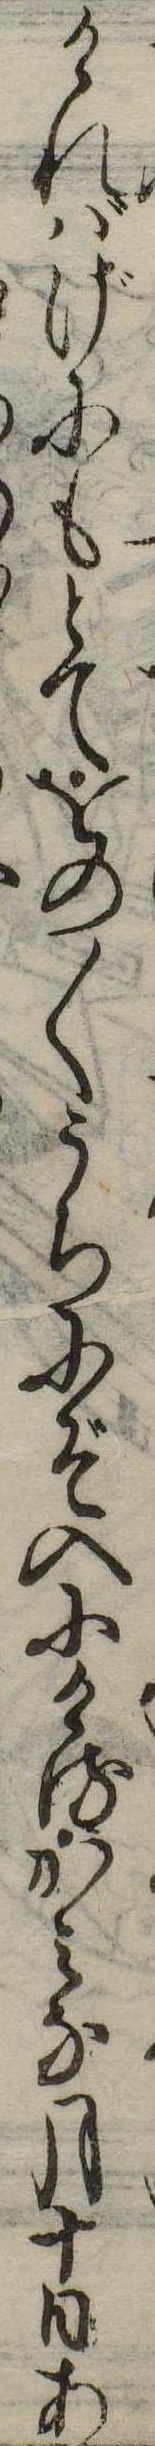
ければげにもとてをの〱うちにぞ入にけるかみな月十日あ